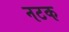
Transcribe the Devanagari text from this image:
नटक